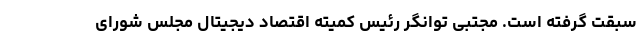
سبقت گرفته است. مجتبی توانگر رئیس کمیته اقتصاد دیجیتال مجلس شورای